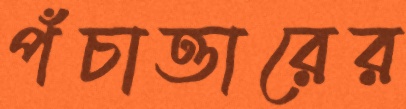
পঁচাত্তারের